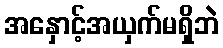
အနှောင့်အယှက်မရှိဘဲ